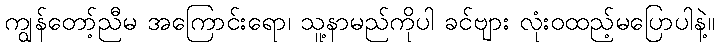
ကျွန်တော့်ညီမ အကြောင်းရော၊ သူ့နာမည်ကိုပါ ခင်ဗျား လုံးဝထည့်မပြောပါနဲ့။